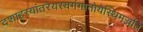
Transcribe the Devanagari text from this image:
दशाहस्यांतरेयस्यगंगातोयेस्थिमज्जति